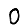
Digit: 0